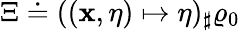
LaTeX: \Xi\doteq((\mathbf{x},\eta)\mapsto\eta)_{\sharp}\varrho_{0}